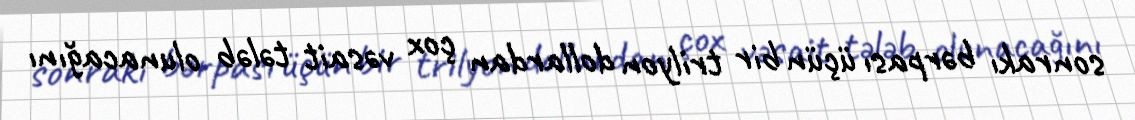
sonrakı bərpası üçün bir trilyon dollardan çox vəsait tələb olunacağını